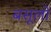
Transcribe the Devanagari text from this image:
बसूलों